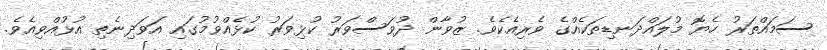
ސަމައްތަރު ހެޔޮ މުލައްދަނޑިތަކެއްގެ ވެރިއެކެވެ. ޒުވާން ދުވަސްވަރު ކުޅިވަރު ކުޅެއްވުމުގައި އަވަދިނެތި އުޅުއްވިއެވެ.